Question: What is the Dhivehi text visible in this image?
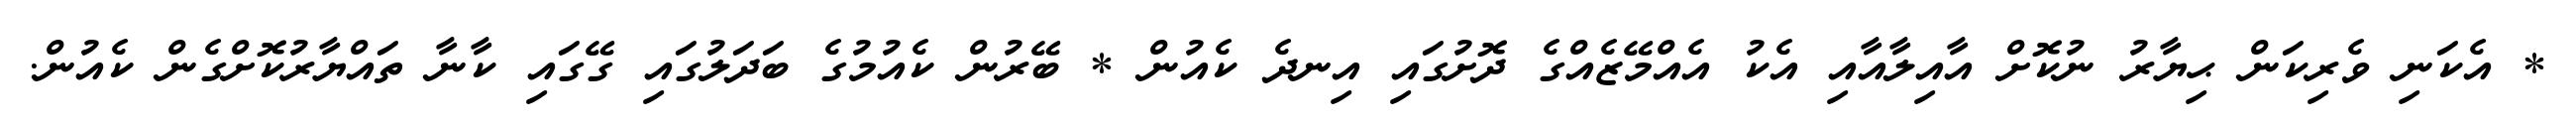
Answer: * އެކަނި ވެރިކަން ޙިޔާރު ނުކޮށް އާއިލާއާއި އެކު އެއްމޭޒެއްގެ ދޮށުގައި އިނދެ ކެއުން * ބޭރުން ކެއުމުގެ ބަދަލުގައި ގޭގައި ކާނާ ތައްޔާރުކޮށްގެން ކެއުން.